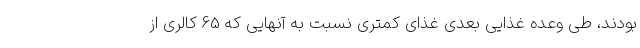
بودند، طی وعده غذایی بعدی غذای کمتری نسبت به آنهایی که 65 کالری از